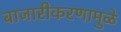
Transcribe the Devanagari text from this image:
बाजारीकरणामुळे